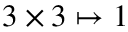
3 \times 3 \mapsto 1